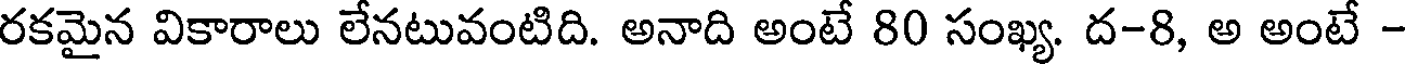
రకమైన వికారాలు లేనటువంటిది. అనాది అంటే 80 సంఖ్య. ద-8, అ అంటే -